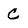
Character: C